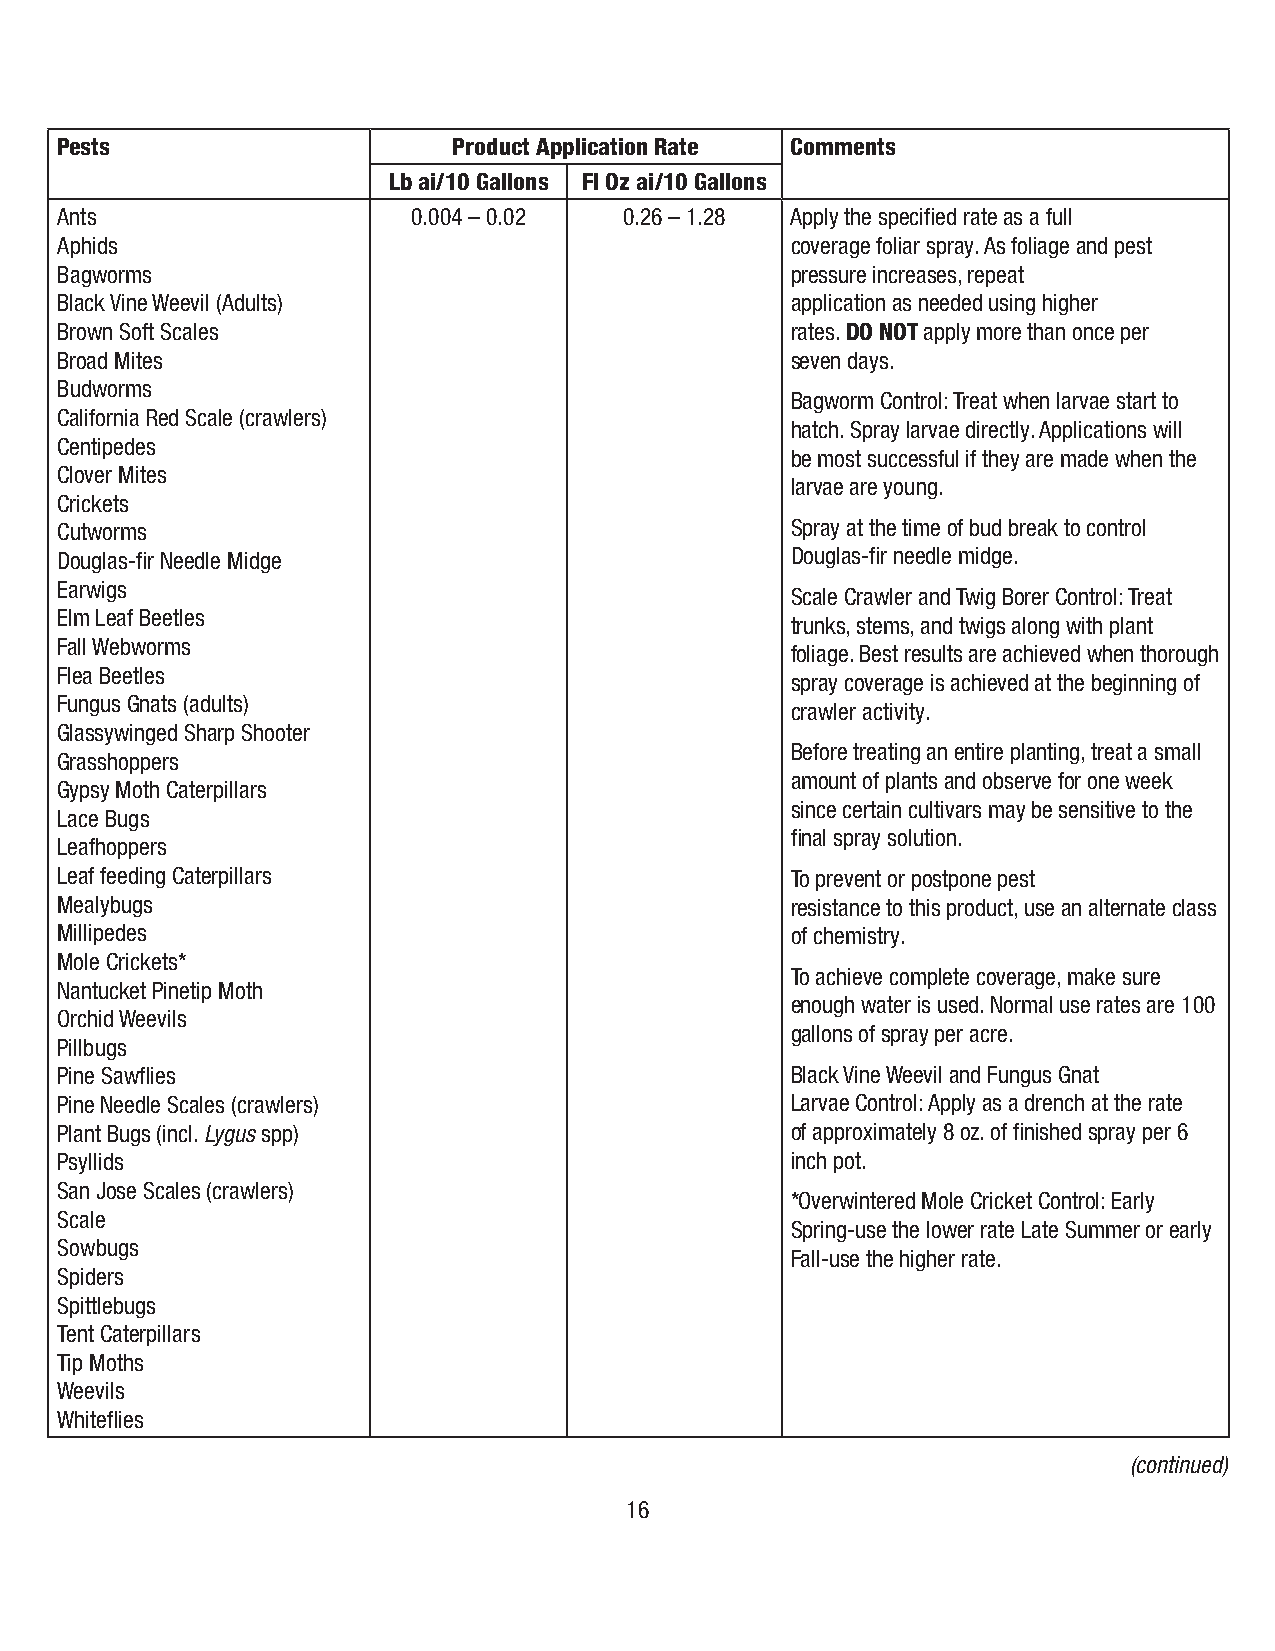
Pests                     Product Application Rate Comments
 Lb ai/10 Gallons Fl Oz ai/10 Gallons
 Ants                   0.004 – 0.02  0.26 – 1.28 Apply the specified rate as a full
 Aphids                                          coverage foliar spray. As foliage and pest
 Bagworms                                        pressure increases, repeat
 Black Vine Weevil (Adults)                      application as needed using higher
 Brown Soft Scales                               rates. DO NOT apply more than once per
 Broad Mites                                     seven days.
 Budworms
 Bagworm Control: Treat when larvae start to
 California Red Scale (crawlers)
 hatch. Spray larvae directly. Applications will
 Centipedes
 be most successful if they are made when the
 Clover Mites
 larvae are young.
 Crickets
 Cutworms                                        Spray at the time of bud break to control
 Douglas-fir Needle Midge                        Douglas-fir needle midge.
 Earwigs
 Scale Crawler and Twig Borer Control: Treat
 Elm Leaf Beetles
 trunks, stems, and twigs along with plant
 Fall Webworms
 foliage. Best results are achieved when thorough
 Flea Beetles
 spray coverage is achieved at the beginning of
 Fungus Gnats (adults)
 crawler activity.
 Glassywinged Sharp Shooter
 Before treating an entire planting, treat a small
 Grasshoppers
 amount of plants and observe for one week
 Gypsy Moth Caterpillars
 since certain cultivars may be sensitive to the
 Lace Bugs
 final spray solution.
 Leafhoppers
 Leaf feeding Caterpillars                       To prevent or postpone pest
 Mealybugs                                       resistance to this product, use an alternate class
 Millipedes                                      of chemistry.
 Mole Crickets*
 To achieve complete coverage, make sure
 Nantucket Pinetip Moth
 enough water is used. Normal use rates are 100
 Orchid Weevils
 gallons of spray per acre.
 Pillbugs
 Pine Sawflies                                   Black Vine Weevil and Fungus Gnat
 Pine Needle Scales (crawlers)                   Larvae Control: Apply as a drench at the rate
 Plant Bugs (incl. Lygus spp)                    of approximately 8 oz. of finished spray per 6
 Psyllids                                        inch pot.
 San Jose Scales (crawlers)
 *Overwintered Mole Cricket Control: Early
 Scale
 Spring-use the lower rate Late Summer or early
 Sowbugs
 Fall-use the higher rate.
 Spiders
 Spittlebugs
 Tent Caterpillars
 Tip Moths
 Weevils
 Whiteflies
 (continued)
 16